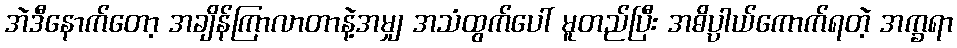
အဲဒီနောက်တော့ အချိန်ကြာလာတာနဲ့အမျှ အသံထွက်ပေါ် မူတည်ပြီး အဓိပ္ပာယ်ကောက်ရတဲ့ အက္ခရာ